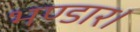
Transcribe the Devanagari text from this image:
भण्डार।